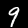
Label: 9